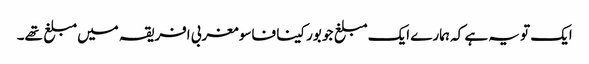
ایک تو یہ ہے کہ ہمارے ایک مبلغ جو بورکینا فاسو مغربی افریقہ میں مبلغ تھے۔